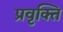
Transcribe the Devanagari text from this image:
प्रवृक्ति